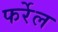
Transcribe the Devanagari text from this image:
फर्रेल